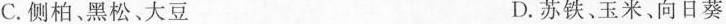
C.侧柏、黑松、大豆 D.苏铁、玉米、向日葵